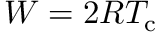
W = 2 R T _ { \mathrm { c } }